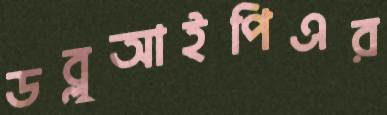
ডব্লুআইপিএর